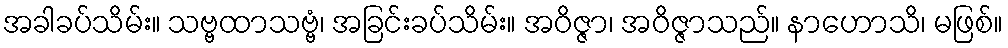
အခါခပ်သိမ်း။ သဗ္ဗထာသဗ္ဗံ၊ အခြင်းခပ်သိမ်း။ အဝိဇ္ဇာ၊ အဝိဇ္ဇာသည်။ နာဟောသိ၊ မဖြစ်။